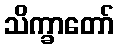
သိက္ခာတော်